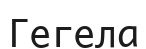
Гегела